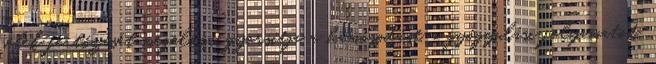
sebek fertőzését megelőzi, gyorsítja a hámosodást, a gyógyulási folyamatot,